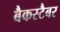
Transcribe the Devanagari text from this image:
बैकस्टैबर